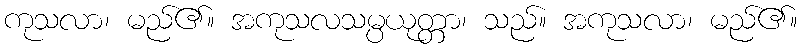
ကုသလာ၊ မည်၏။ အကုသလသမ္ပယုတ္တာ၊ သည်။ အကုသလာ၊ မည်၏။